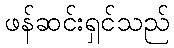
ဖန်ဆင်းရှင်သည်